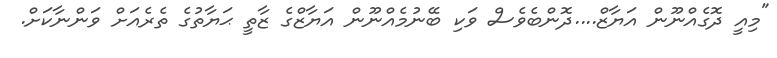
"މިއީ ދޮގެއްނޫން އަޔާޒް....ދޮންބެވެސް ވަކި ބޭނުމެއްނޫން އަޔާޒްގެ ޒާތީ ޙަޔާތުގެ ތެރެއަށް ވަންނާކަށް.